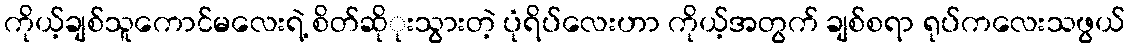
ကိုယ့်ချစ်သူကောင်မလေးရဲ့ စိတ်ဆိုုးသွားတဲ့ ပုံရိပ်လေးဟာ ကိုယ့်အတွက် ချစ်စရာ ရုပ်ကလေးသဖွယ်